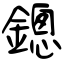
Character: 鏓